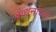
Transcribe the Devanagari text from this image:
कथनांच्या